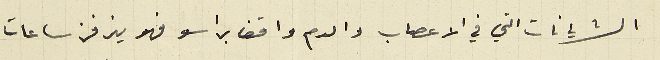
الشريانات التي في الاعصاب والدم واقف براسو فهو يزفر ساعات